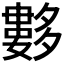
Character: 𡗆